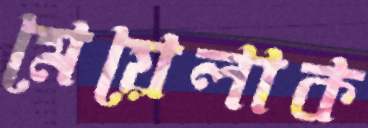
মেয়েলাক